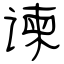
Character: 谏